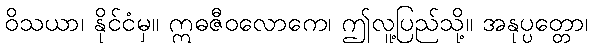
ဝိသယာ၊ နိုင်ငံမှ။ ဣဓဇီဝလောကေ၊ ဤလူ့ပြည်သို့။ အနုပ္ပတ္တော၊